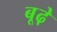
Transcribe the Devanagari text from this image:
बूढ़े़